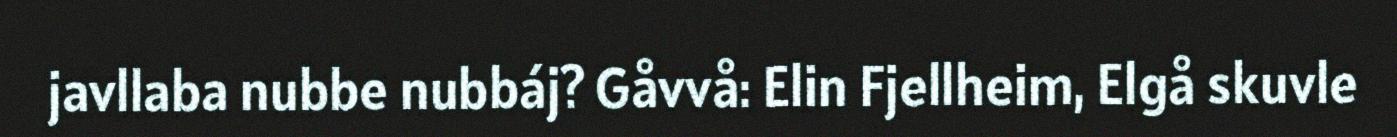
javllaba nubbe nubbáj? Gåvvå: Elin Fjellheim, Elgå skuvle